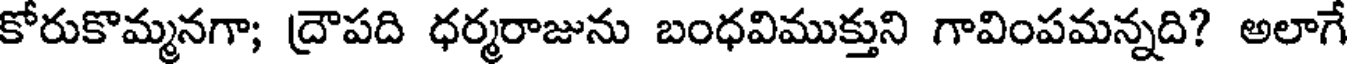
కోరుకొమ్మనగా; ద్రౌపది ధర్మరాజును బంధవిముక్తుని గావింపమన్నది? అలాగే